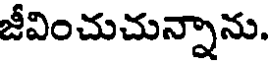
జీవించుచున్నాను.